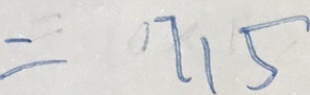
= 7 1 5